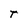
Character: T